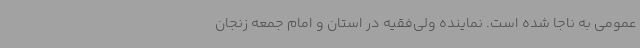
عمومی به ناجا شده است. نماینده ولی‌فقیه در استان و امام جمعه زنجان